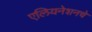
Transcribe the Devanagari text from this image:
एलियनेशनचे